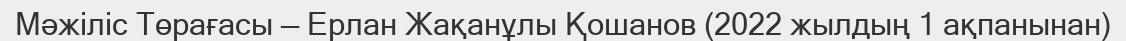
Мәжіліс Төрағасы — Ерлан Жақанұлы Қошанов (2022 жылдың 1 ақпанынан)